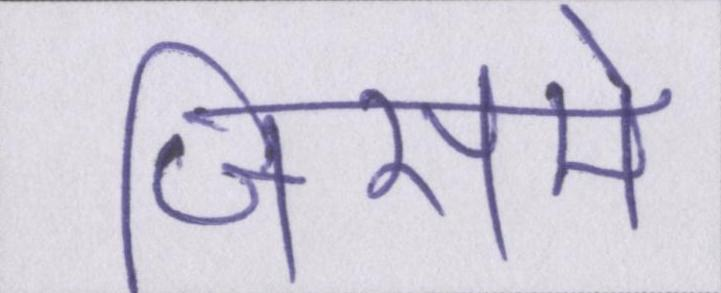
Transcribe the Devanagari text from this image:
जिसमे